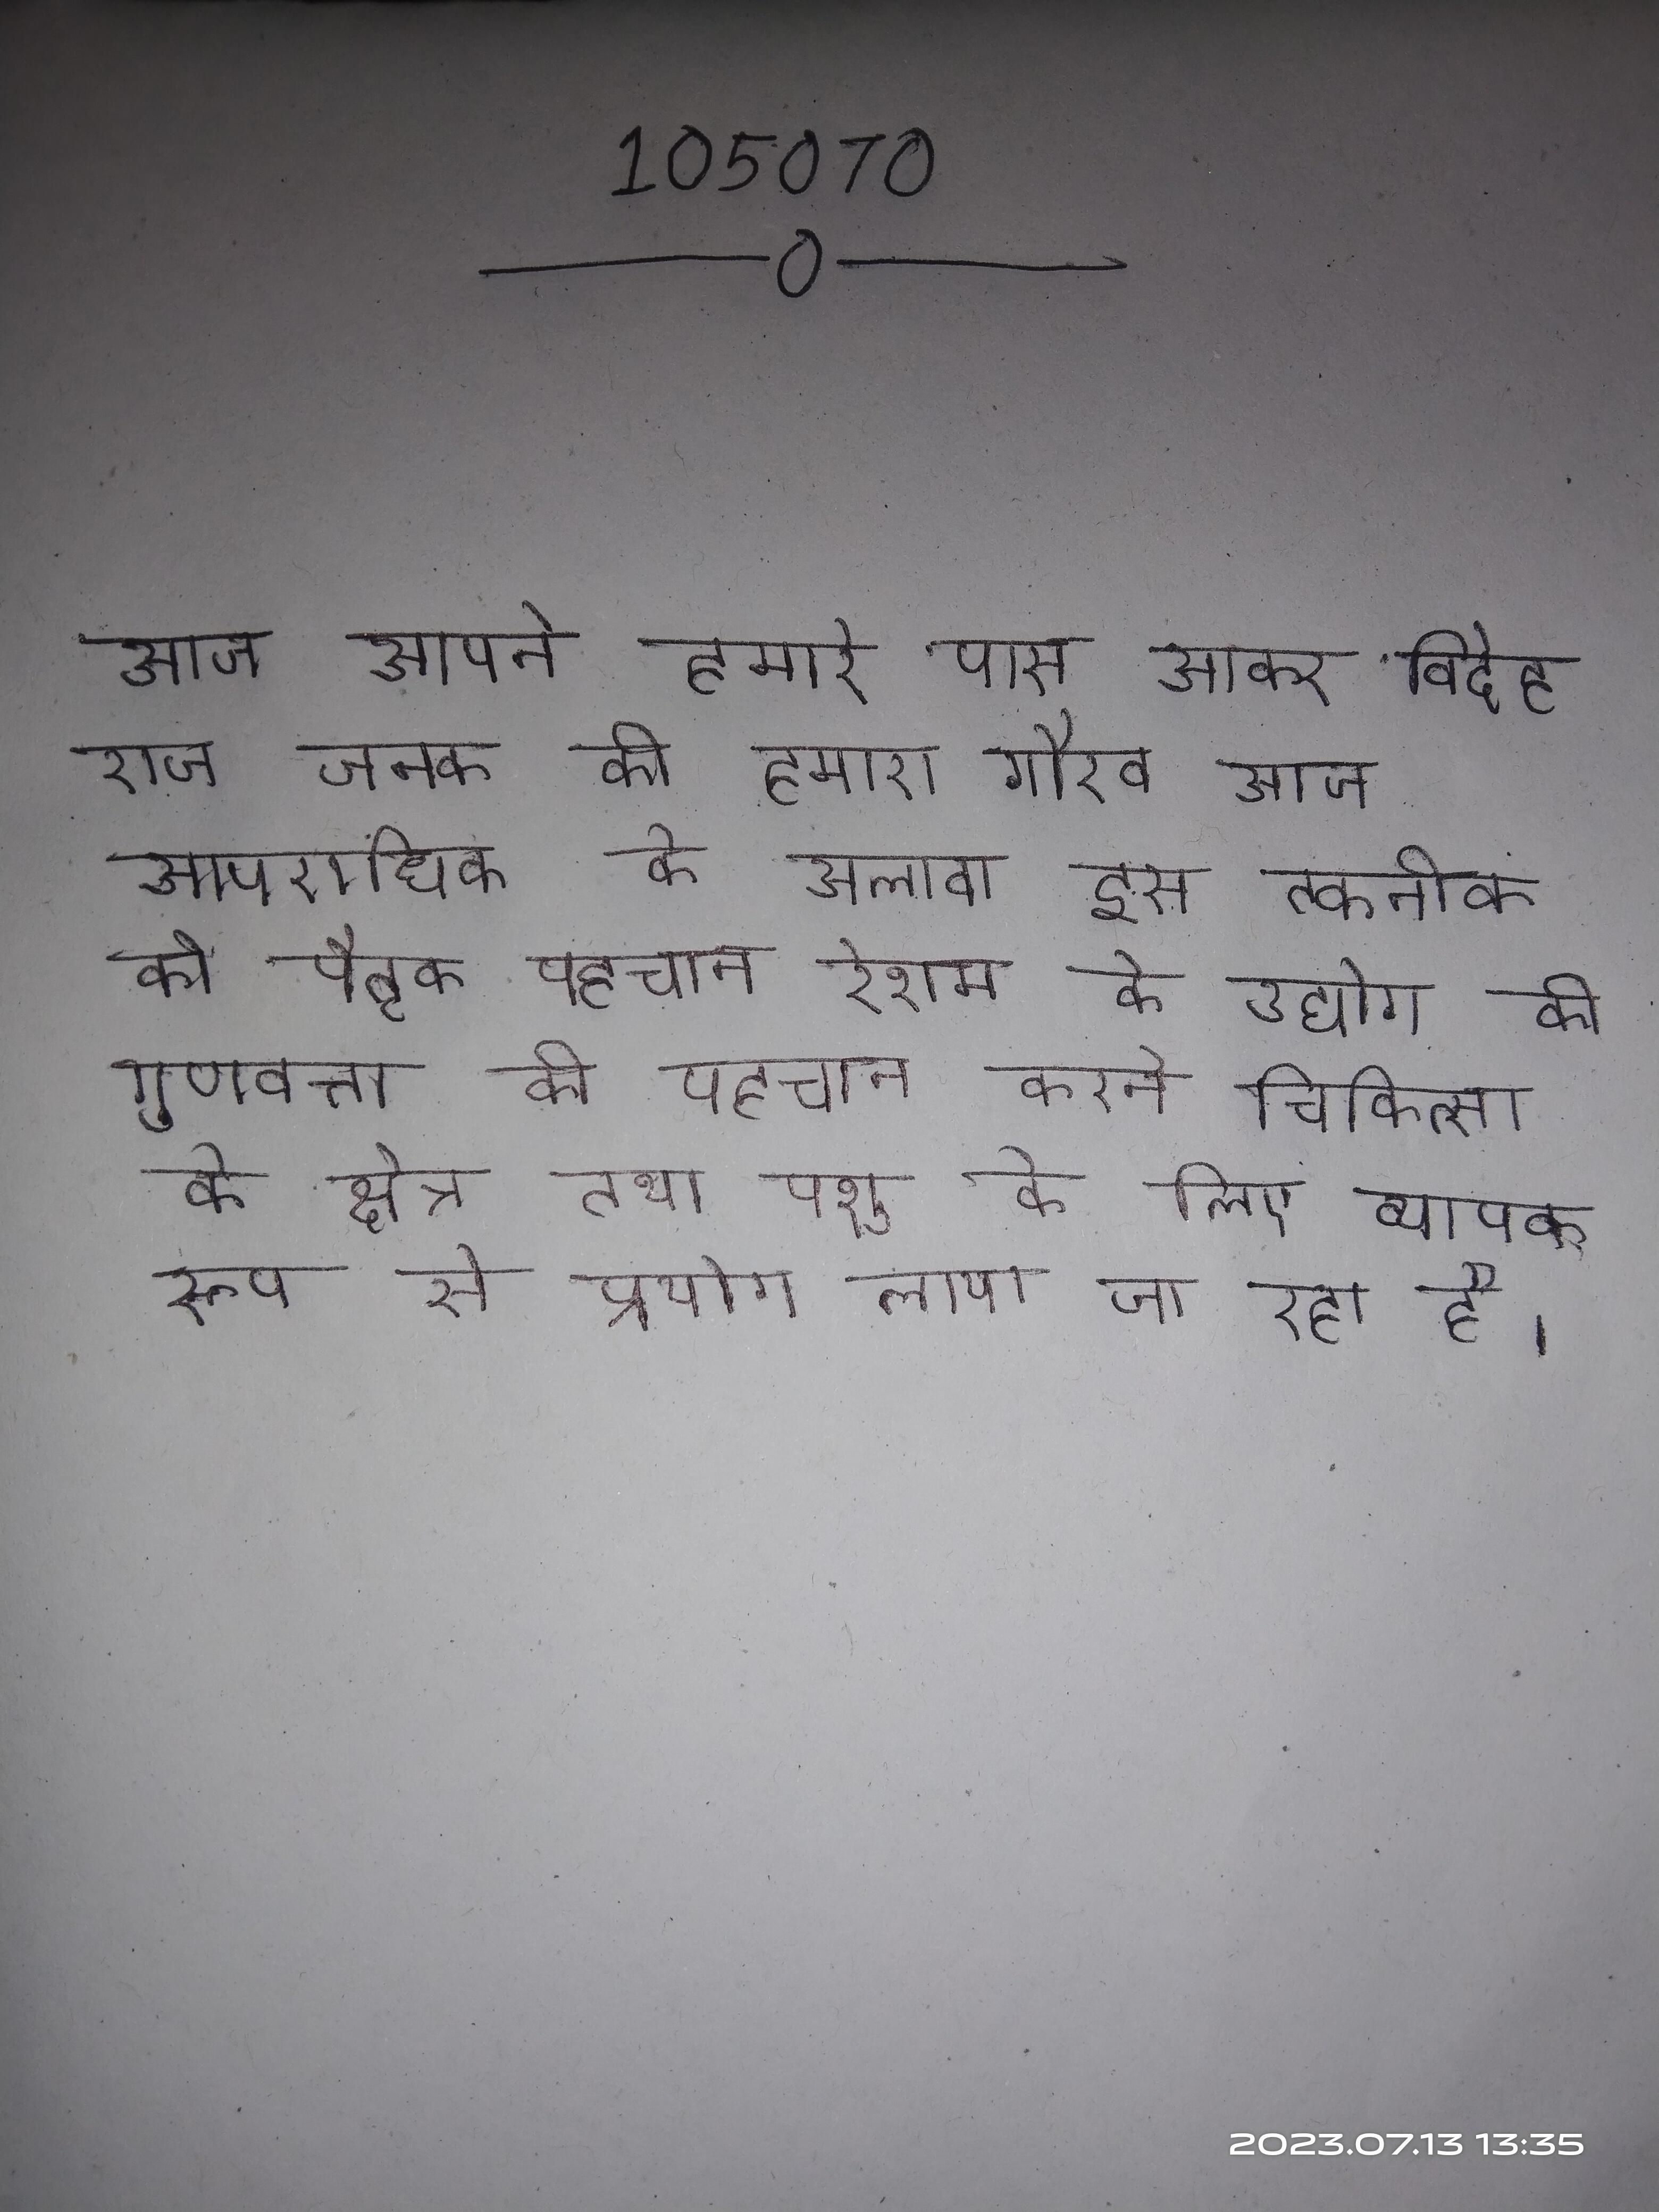
आज आपने हमारे पास आकर विदेह राज जनक की हमारा गौरव आज आपराधिक के अलावा इस तकनीक को पैतृक पहचान रेशम के उद्योग की गुणवत्ता की पहचान करने चिकित्सा के क्षेत्र तथा पशु के लिए व्यापक रूप से प्रयोग लाया जा रहा है ।